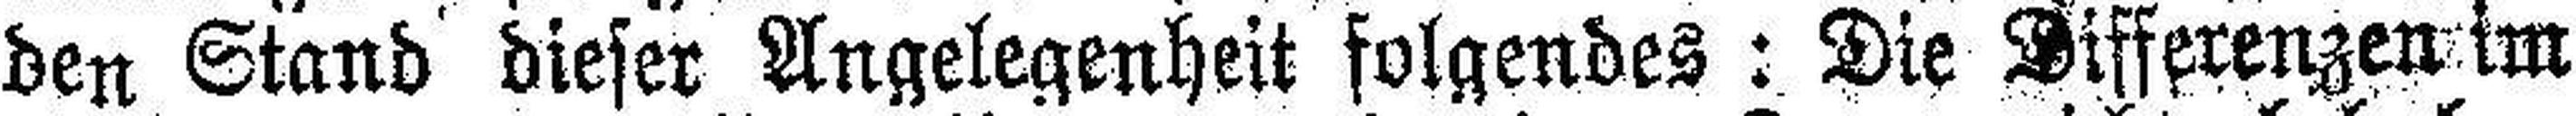
den Stand dieser Angelegenheit folgendes: Die Differenzen im